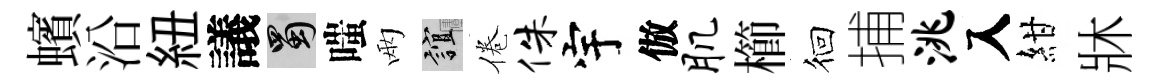
蠙沿紐議蜀嗤兩誼倦侏宇倣肌櫛徊捕洮入紺牀